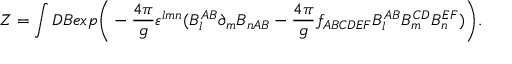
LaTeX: Z = \int { \cal D } B e x p \bigg ( - { \frac { 4 \pi } { g } } \varepsilon ^ { l m n } ( B _ { l } ^ { A B } \partial _ { m } B _ { n A B } - { \frac { 4 \pi } { g } } f _ { A B C D E F } B _ { l } ^ { A B } B _ { m } ^ { C D } B _ { n } ^ { E F } ) \bigg ) .